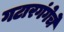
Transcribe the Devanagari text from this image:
गटारगंगेचे